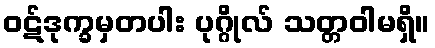
ဝဋ်ဒုက္ခမှတပါး ပုဂ္ဂိုလ် သတ္တဝါမရှိ။